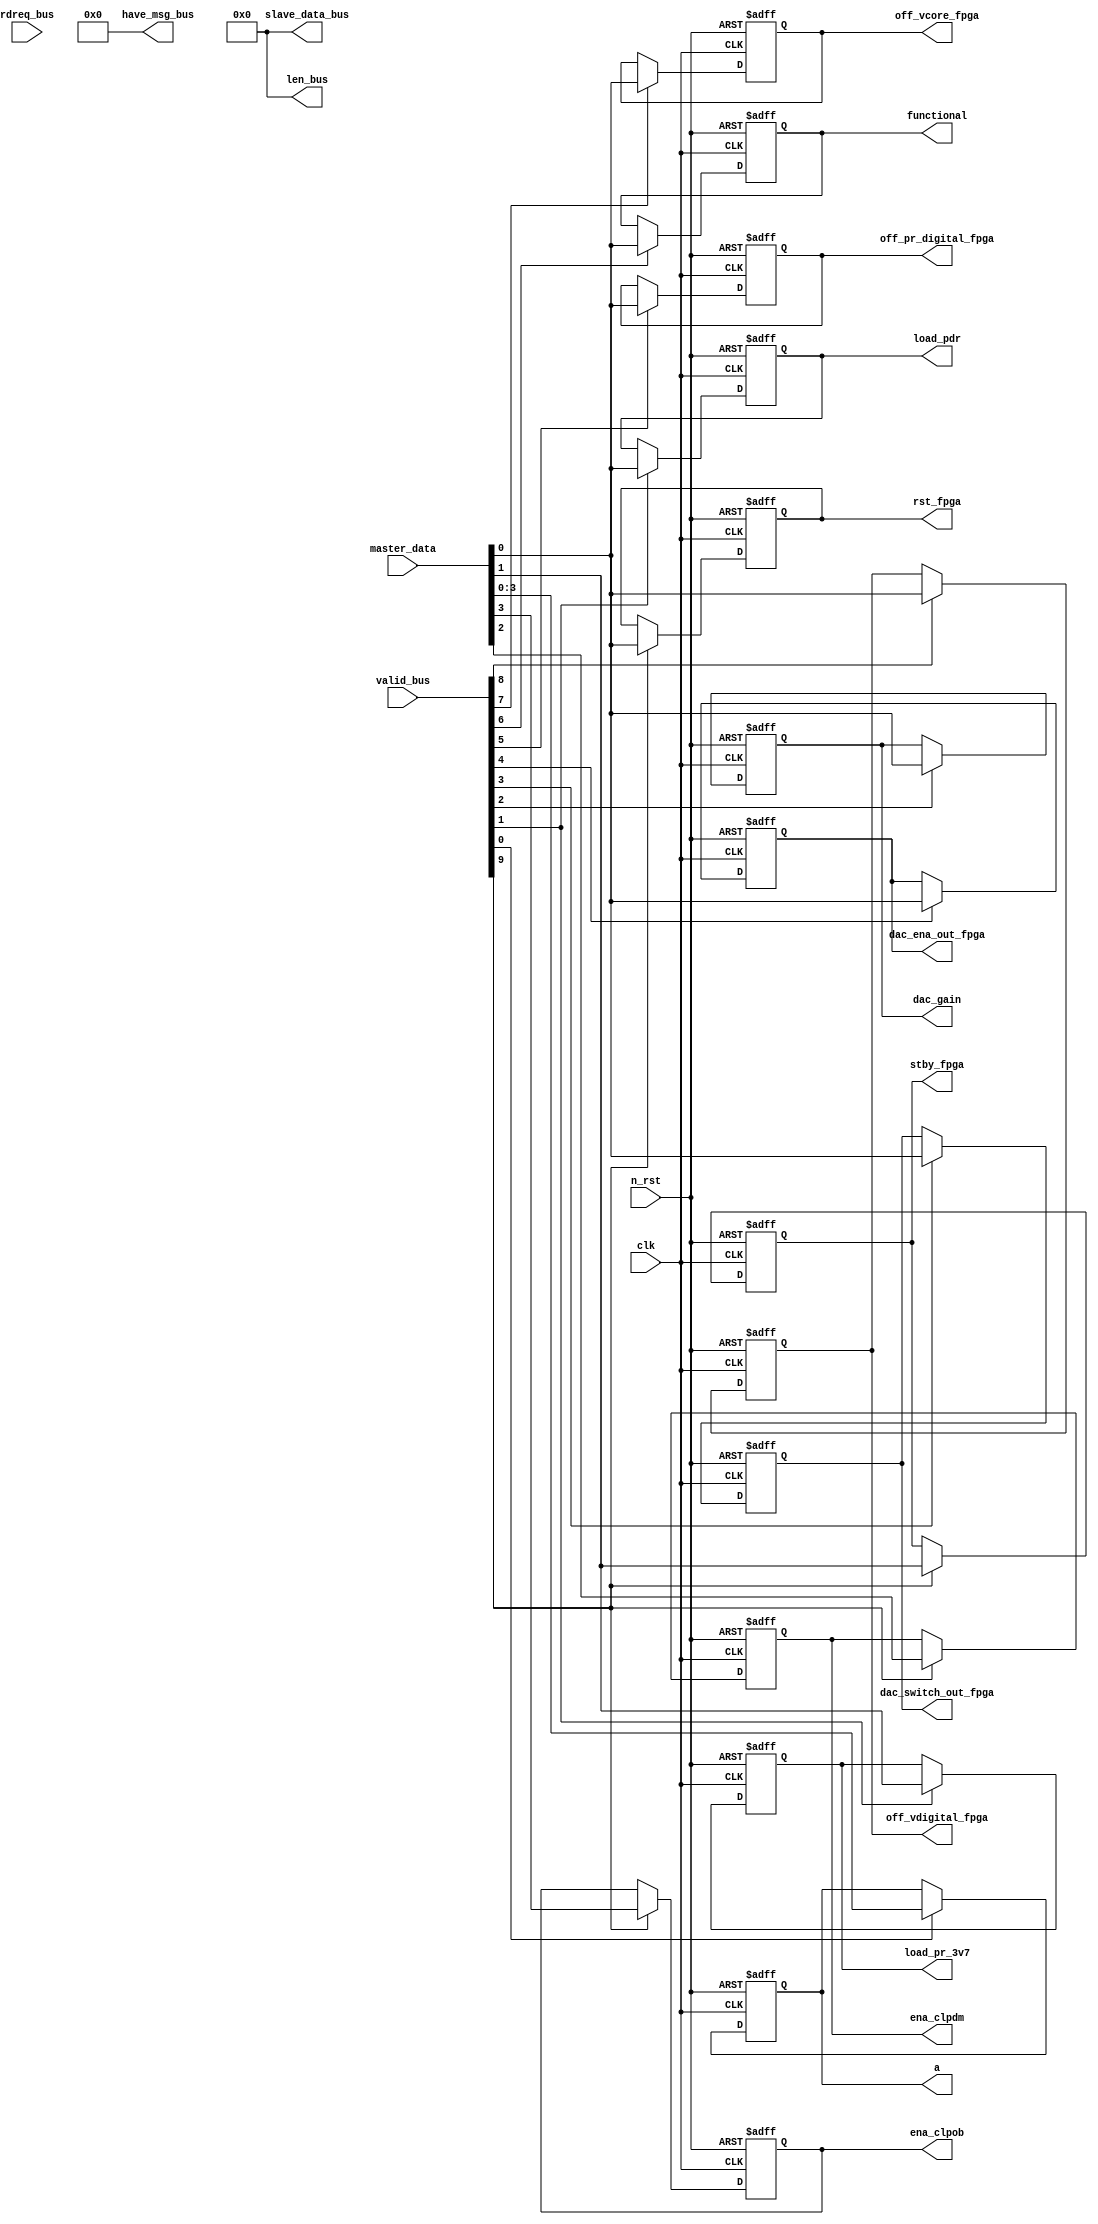
module fpga_regs (
  input            n_rst,
  input            clk,
  input  [7:0]     master_data,
  input  [9:0]     valid_bus,
  
  input  [9:0]     rdreq_bus,
  output [9:0]     have_msg_bus,
  output [9*8+7:0] slave_data_bus,
  output [9*8+7:0] len_bus,
  
  output reg [3:0] a,                    // address on multiplexer to select Q[i]
  output reg       load_pr_3v7,          // connects mux output with 1.65 kOhm load
  output reg       load_pdr,             // connects mux output with 240 Ohm load
  output reg       dac_gain,             // off/on analog signal attenuation
  output reg       dac_switch_out_fpga,  // differential/regular analog signal
  output reg       dac_ena_out_fpga,     // disable/enable output of analog signal
  output reg       off_pr_digital_fpga,  // off/on overvoltage to digital inputs of BOS
  output reg       functional,           // off/on level translators
  output reg       off_vcore_fpga,       // off/on v_core
  output reg       off_vdigital_fpga,    // off_on v_digital
  output reg       rst_fpga,
  output reg       stby_fpga,
  output reg       ena_clpdm,
  output reg       ena_clpob
);

assign have_msg_bus = 10'b0;
assign slave_data_bus = 80'b0;
assign len_bus = 80'b0;

always@(posedge clk or negedge n_rst)
  if(!n_rst)
    begin
    a                   <= 0;
    load_pr_3v7         <= 0;
    load_pdr            <= 0;
    dac_gain            <= 0;
    dac_switch_out_fpga <= 0;
    dac_ena_out_fpga    <= 0;
    off_pr_digital_fpga <= 0;
    functional          <= 0;
    off_vcore_fpga      <= 1;
    off_vdigital_fpga   <= 1;
    rst_fpga            <= 0;
    stby_fpga           <= 0;
    ena_clpdm           <= 0;
    ena_clpob           <= 0;
    end
  else
    begin
    if(valid_bus[0]) a                   <= master_data[3:0];
    if(valid_bus[1]) begin
                     load_pr_3v7         <= master_data[1];
                     load_pdr            <= master_data[0];
                     end
    if(valid_bus[2]) dac_gain            <= master_data[0];
    if(valid_bus[3]) dac_switch_out_fpga <= master_data[0];
    if(valid_bus[4]) dac_ena_out_fpga    <= master_data[0];
    if(valid_bus[5]) off_pr_digital_fpga <= master_data[0];
    if(valid_bus[6]) functional          <= master_data[0];
    if(valid_bus[7]) off_vcore_fpga      <= master_data[0];
    if(valid_bus[8]) off_vdigital_fpga   <= master_data[0];
    if(valid_bus[9]) begin
                     ena_clpob           <= master_data[3];
                     ena_clpdm           <= master_data[2];
                     stby_fpga           <= master_data[1];
                     rst_fpga            <= master_data[0];
                     end
    end


endmodule